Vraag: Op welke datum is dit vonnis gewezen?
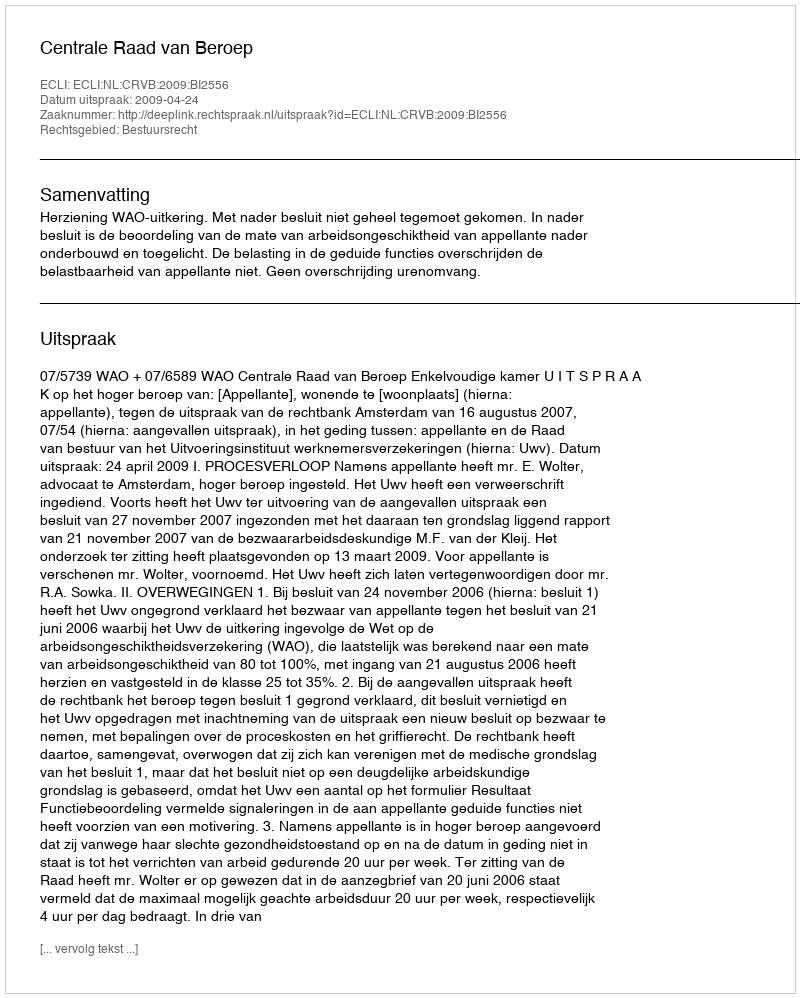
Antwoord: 2009-04-24